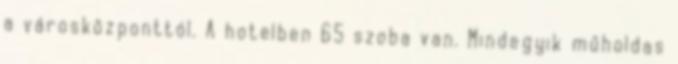
a városközponttól. A hotelben 65 szoba van. Mindegyik műholdas